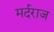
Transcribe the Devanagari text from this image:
मर्दराज